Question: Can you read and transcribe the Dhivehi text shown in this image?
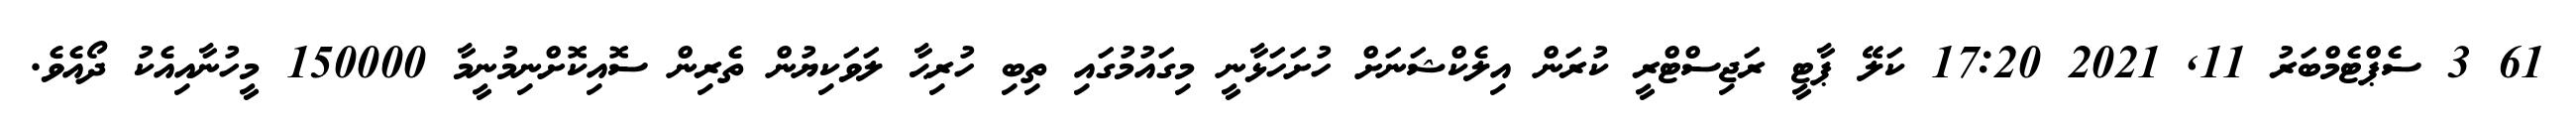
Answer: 61 3 ސެޕްޓެމްބަރު 11, 2021 17:20 ކަލޭ ޕާޓީ ރަޖިސްޓްރީ ކުރަން އިލެކްޝަނަށް ހުށަހަޅާނީ މިގައުމުގައި ތިބި ހުރިޙާ ލަވަކިޔުން ތެރިން ސޮއިކޮށްނިމުނީމާ 150000 މީހުނާއިއެކު ދޯއެވެ.